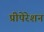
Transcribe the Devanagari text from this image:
प्रीपेरेशन